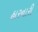
હારનારી